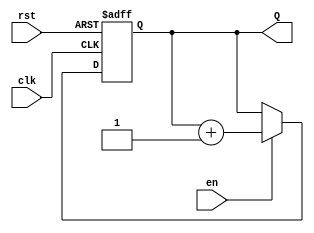
module binary_up_counter #(
    parameter N = 4 // Specify the bit width of the counter (default is 4 bits)
) (
    input wire clk,       // Clock signal
    input wire rst,       // Asynchronous reset signal (active high)
    input wire en,        // Enable signal for counting
    output reg [N-1:0] Q  // n-bit output for the counter value
);

    // Always block triggered on the rising edge of the clock or when reset is asserted
    always @(posedge clk or posedge rst) begin
        if (rst) begin
            Q <= 0; // Reset the counter to 0
        end else if (en) begin
            Q <= Q + 1; // Increment the counter
        end
    end

endmodule